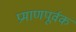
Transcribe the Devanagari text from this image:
प्रमाणपूर्वक